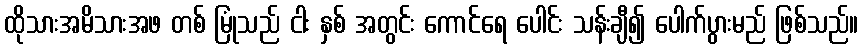
ထိုသားအမိသားအဖ တစ် မြုံသည် ငါး နှစ် အတွင်း ကောင်ရေ ပေါင်း သန်းချီ၍ ပေါက်ပွားမည် ဖြစ်သည်။